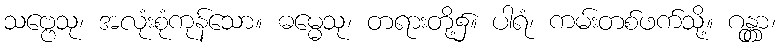
သဗ္ဗေသု၊ အလုံးစုံကုန်သော။ ဓမ္မေသု၊ တရားတို့၌။ ပါရံ၊ ကမ်းတစ်ဖက်သို့။ ဂန္တွာ၊